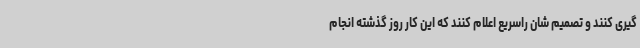
گیری کنند و تصمیم شان راسریع اعلام کنند که این کار روز گذشته انجام